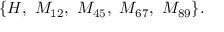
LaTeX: \{ H , ~ M _ { 1 2 } , ~ M _ { 4 5 } , ~ M _ { 6 7 } , ~ M _ { 8 9 } \} .